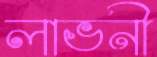
লাভনী